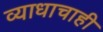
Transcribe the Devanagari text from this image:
व्याधाचाही